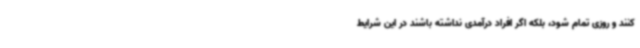
کنند و روزی تمام شود، بلکه اگر افراد درآمدی نداشته باشند در این شرایط